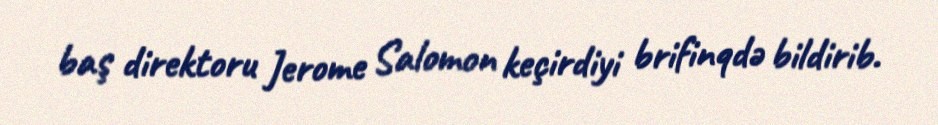
baş direktoru Jerome Salomon keçirdiyi brifinqdə bildirib.